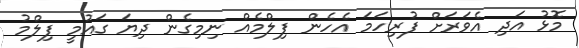
މޮޅު އަދި އެވަރަށް ފުރިހަމަ އެހެން ފިލްމެއް ނިމިގެން ދިޔަ ގައުމީ ފިލްމު